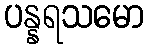
ပန္နရသမော